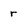
Character: r